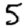
Digit: 5